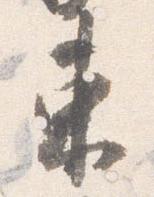
東